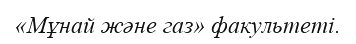
«Мұнай және газ» факультеті.